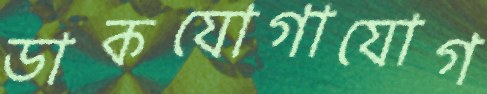
ডাকযোগাযোগ